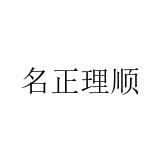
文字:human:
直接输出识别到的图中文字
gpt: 名正理顺